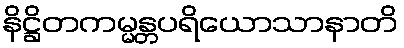
နိဋ္ဌိတကမ္မန္တပရိယောသာနာတိ